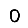
Digit: 0